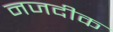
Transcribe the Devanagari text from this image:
नजदीक